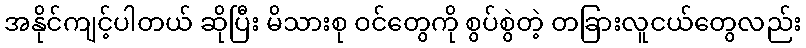
အနိုင်ကျင့်ပါတယ် ဆိုပြီး မိသားစု ဝင်တွေကို စွပ်စွဲတဲ့ တခြားလူငယ်တွေလည်း